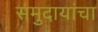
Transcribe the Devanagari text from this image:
समुदायांचा